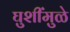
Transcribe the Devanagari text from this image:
घुशींमुळे